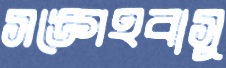
সঙ্গেহবাসু